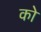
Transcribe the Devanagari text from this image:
को